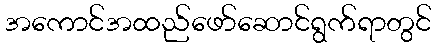
အကောင်အထည်ဖော်ဆောင်ရွက်ရာတွင်